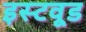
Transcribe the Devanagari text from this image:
इस्टवूड